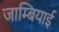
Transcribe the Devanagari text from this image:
जाम्बियाई